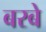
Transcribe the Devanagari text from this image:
बरबे